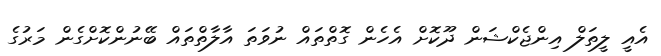
އެއީ ލީތަލް އިންޖެކްޝަން ދޫކޮށް އެހެން ގޮތްތައް ނުވަތަ އާލާތްތައް ބޭނުންކޮށްގެން މަރުގެ